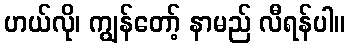
ဟယ်လို၊ ကျွန်တော့် နာမည် လီရန်ပါ။